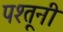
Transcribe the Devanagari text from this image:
पश्तूनी